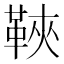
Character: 䩡